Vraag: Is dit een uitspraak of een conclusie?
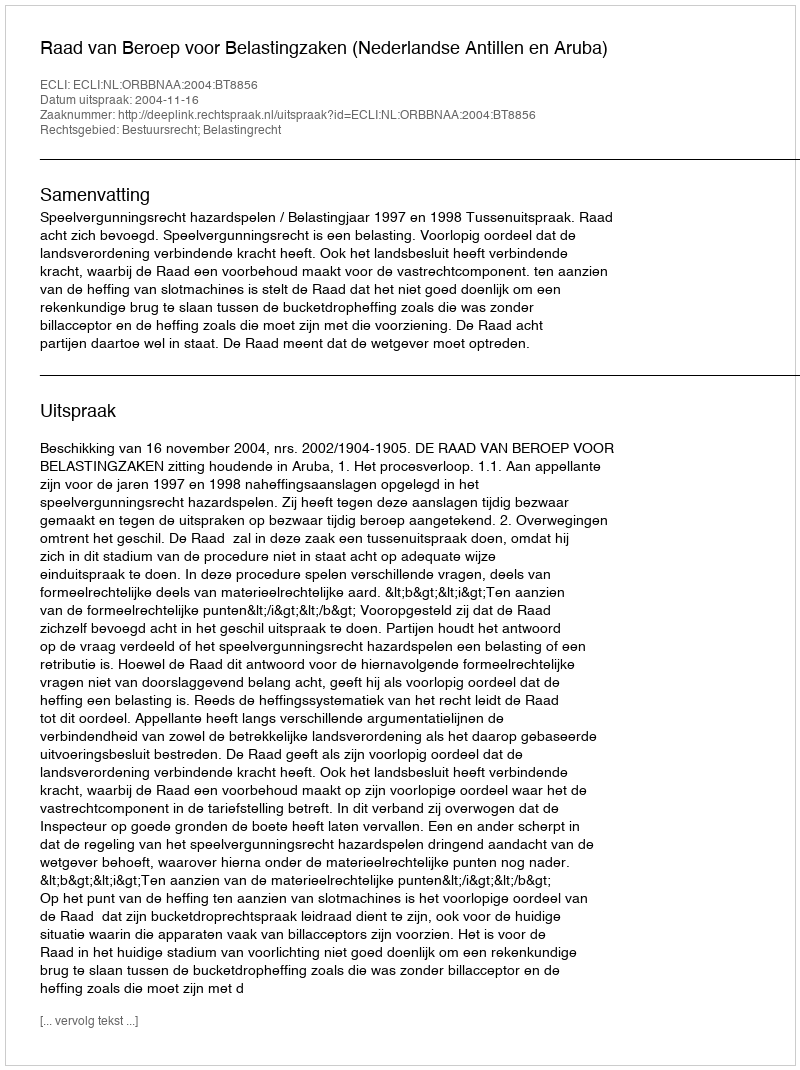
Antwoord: Uitspraak